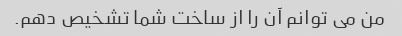
من می توانم آن را از ساخت شما تشخیص دهم.